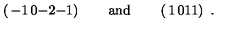
\left( \begin{matrix} { - 1 } & { 0 } \\ { - 2 } & { - 1 } \\ \end{matrix} \right) \qquad \mathrm { a n d } \qquad \left( \begin{matrix} { 1 } & { 0 } \\ { 1 } & { 1 } \\ \end{matrix} \right) \ .